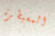
المسيطرة